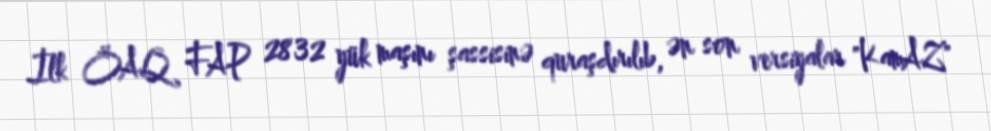
İlk ÖAQ FAP 2832 yük maşını şassisinə quraşdırılıb, ən son versiyalar "KamAZ"